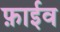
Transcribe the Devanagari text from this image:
फ़ाईव